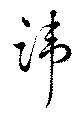
諱